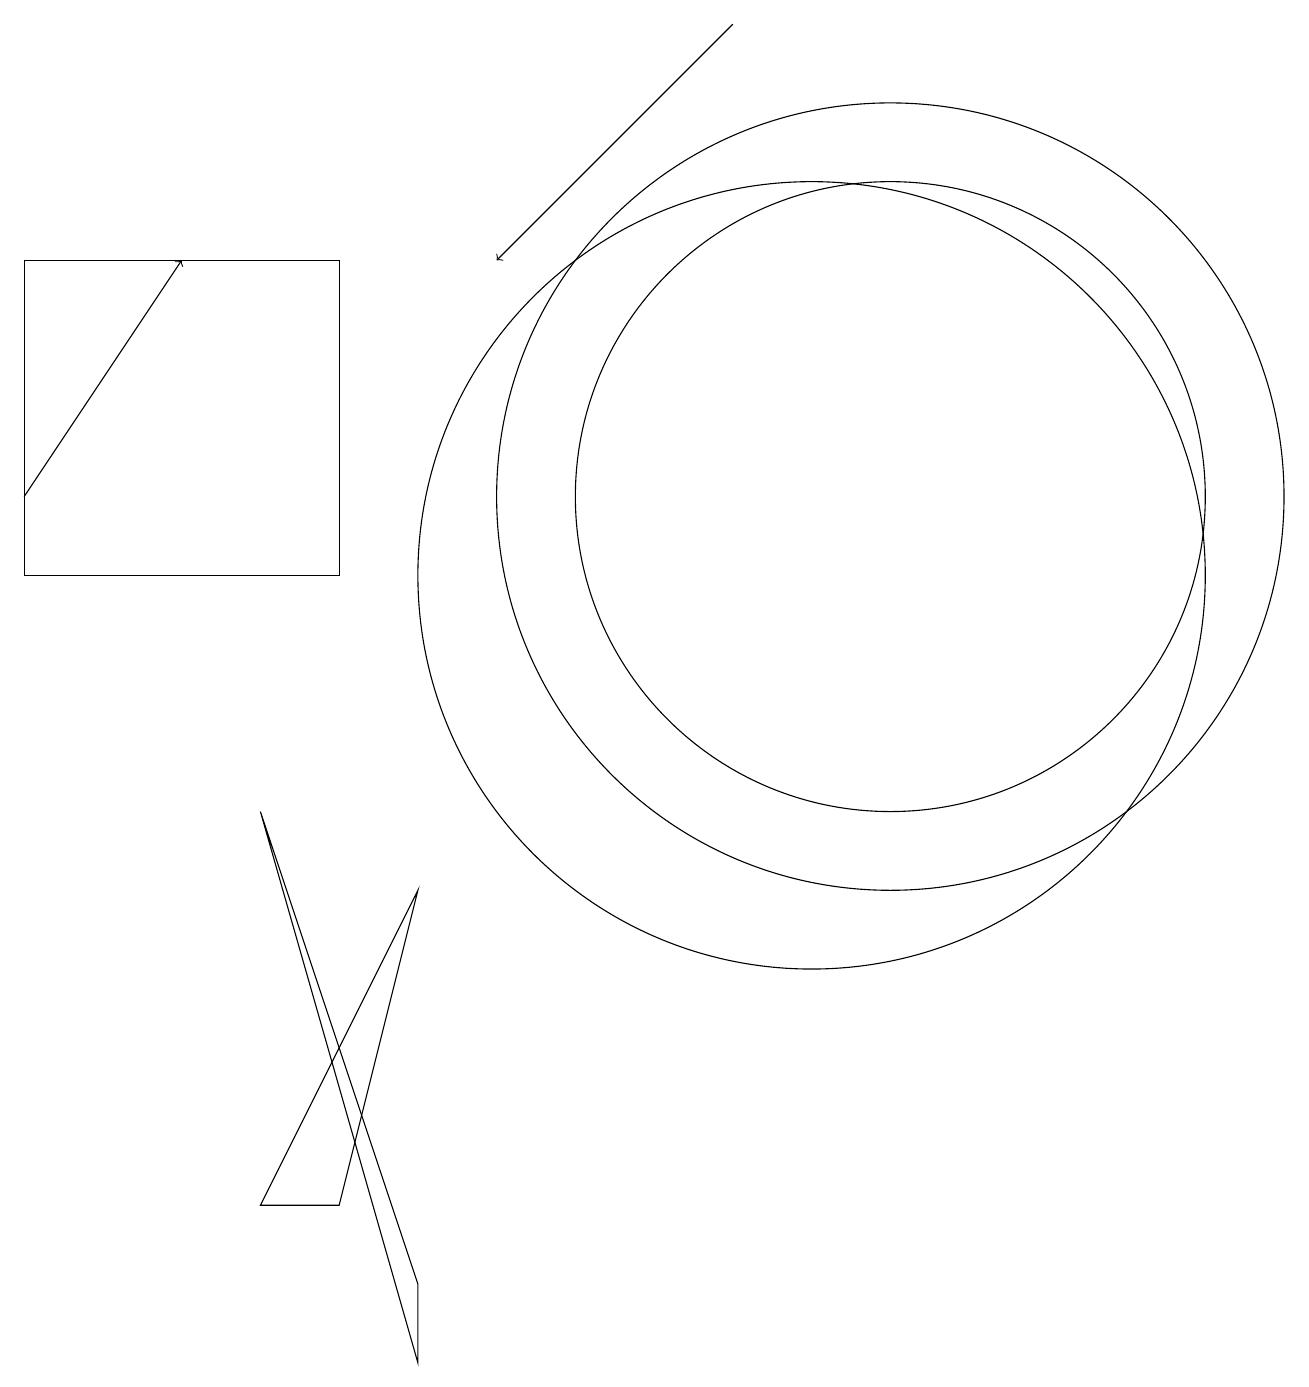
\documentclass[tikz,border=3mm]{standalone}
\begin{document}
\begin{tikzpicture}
\draw (5,6) -- (4,2) -- (3,2) -- cycle;
\draw[->] (9,17) -- (6,14);
\draw (3,7) -- (5,1) -- (5,0) -- cycle;
\draw (4,14) rectangle (0,10);
\draw (10,10) circle (5);
\draw[->] (0,11) -- (2,14);
\draw (11,11) circle (5);
\draw (11,11) circle (4);
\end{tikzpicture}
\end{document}